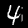
Digit: 4